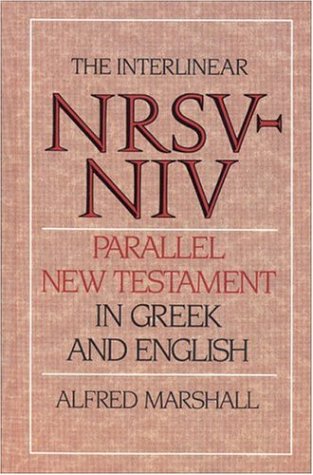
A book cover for Interlinear NRSV-NIV Parallel New Testament in Greek and English, The; Alfred Marshall; Christian Books & Bibles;